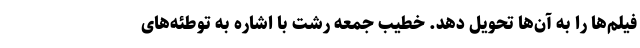
فیلم‌ها را به آن‌ها تحویل دهد. خطیب جمعه رشت با اشاره به توطئه‌های